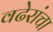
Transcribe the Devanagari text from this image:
वढेरांचा